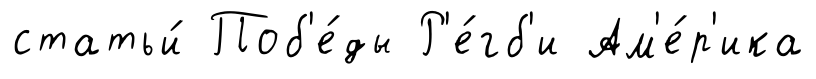
статьи́ Поб'е́ды Р'е́гб'и Ам'е́р'ика